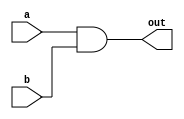
module andGate (
    input a,
    input b,
    output out
);

    assign out = a & b;
    

endmodule